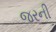
જરની